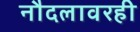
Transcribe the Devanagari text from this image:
नौदलावरही